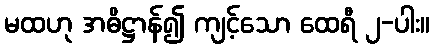
မထဟု အဓိဋ္ဌာန်၍ ကျင့်သော ထေရီ ၂-ပါး။